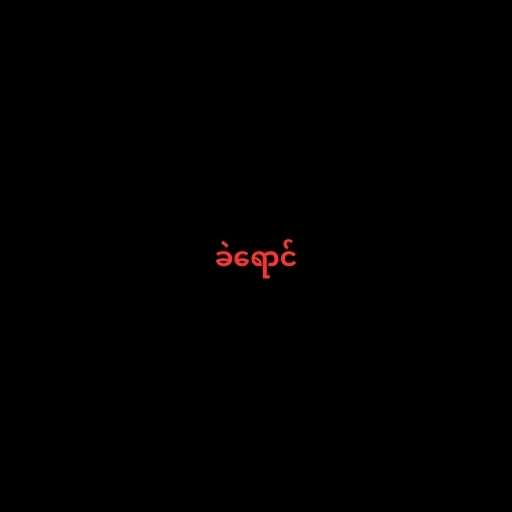
ခဲရောင်